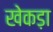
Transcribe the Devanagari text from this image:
खेकड़ा